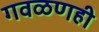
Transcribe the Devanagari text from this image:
गवळणही